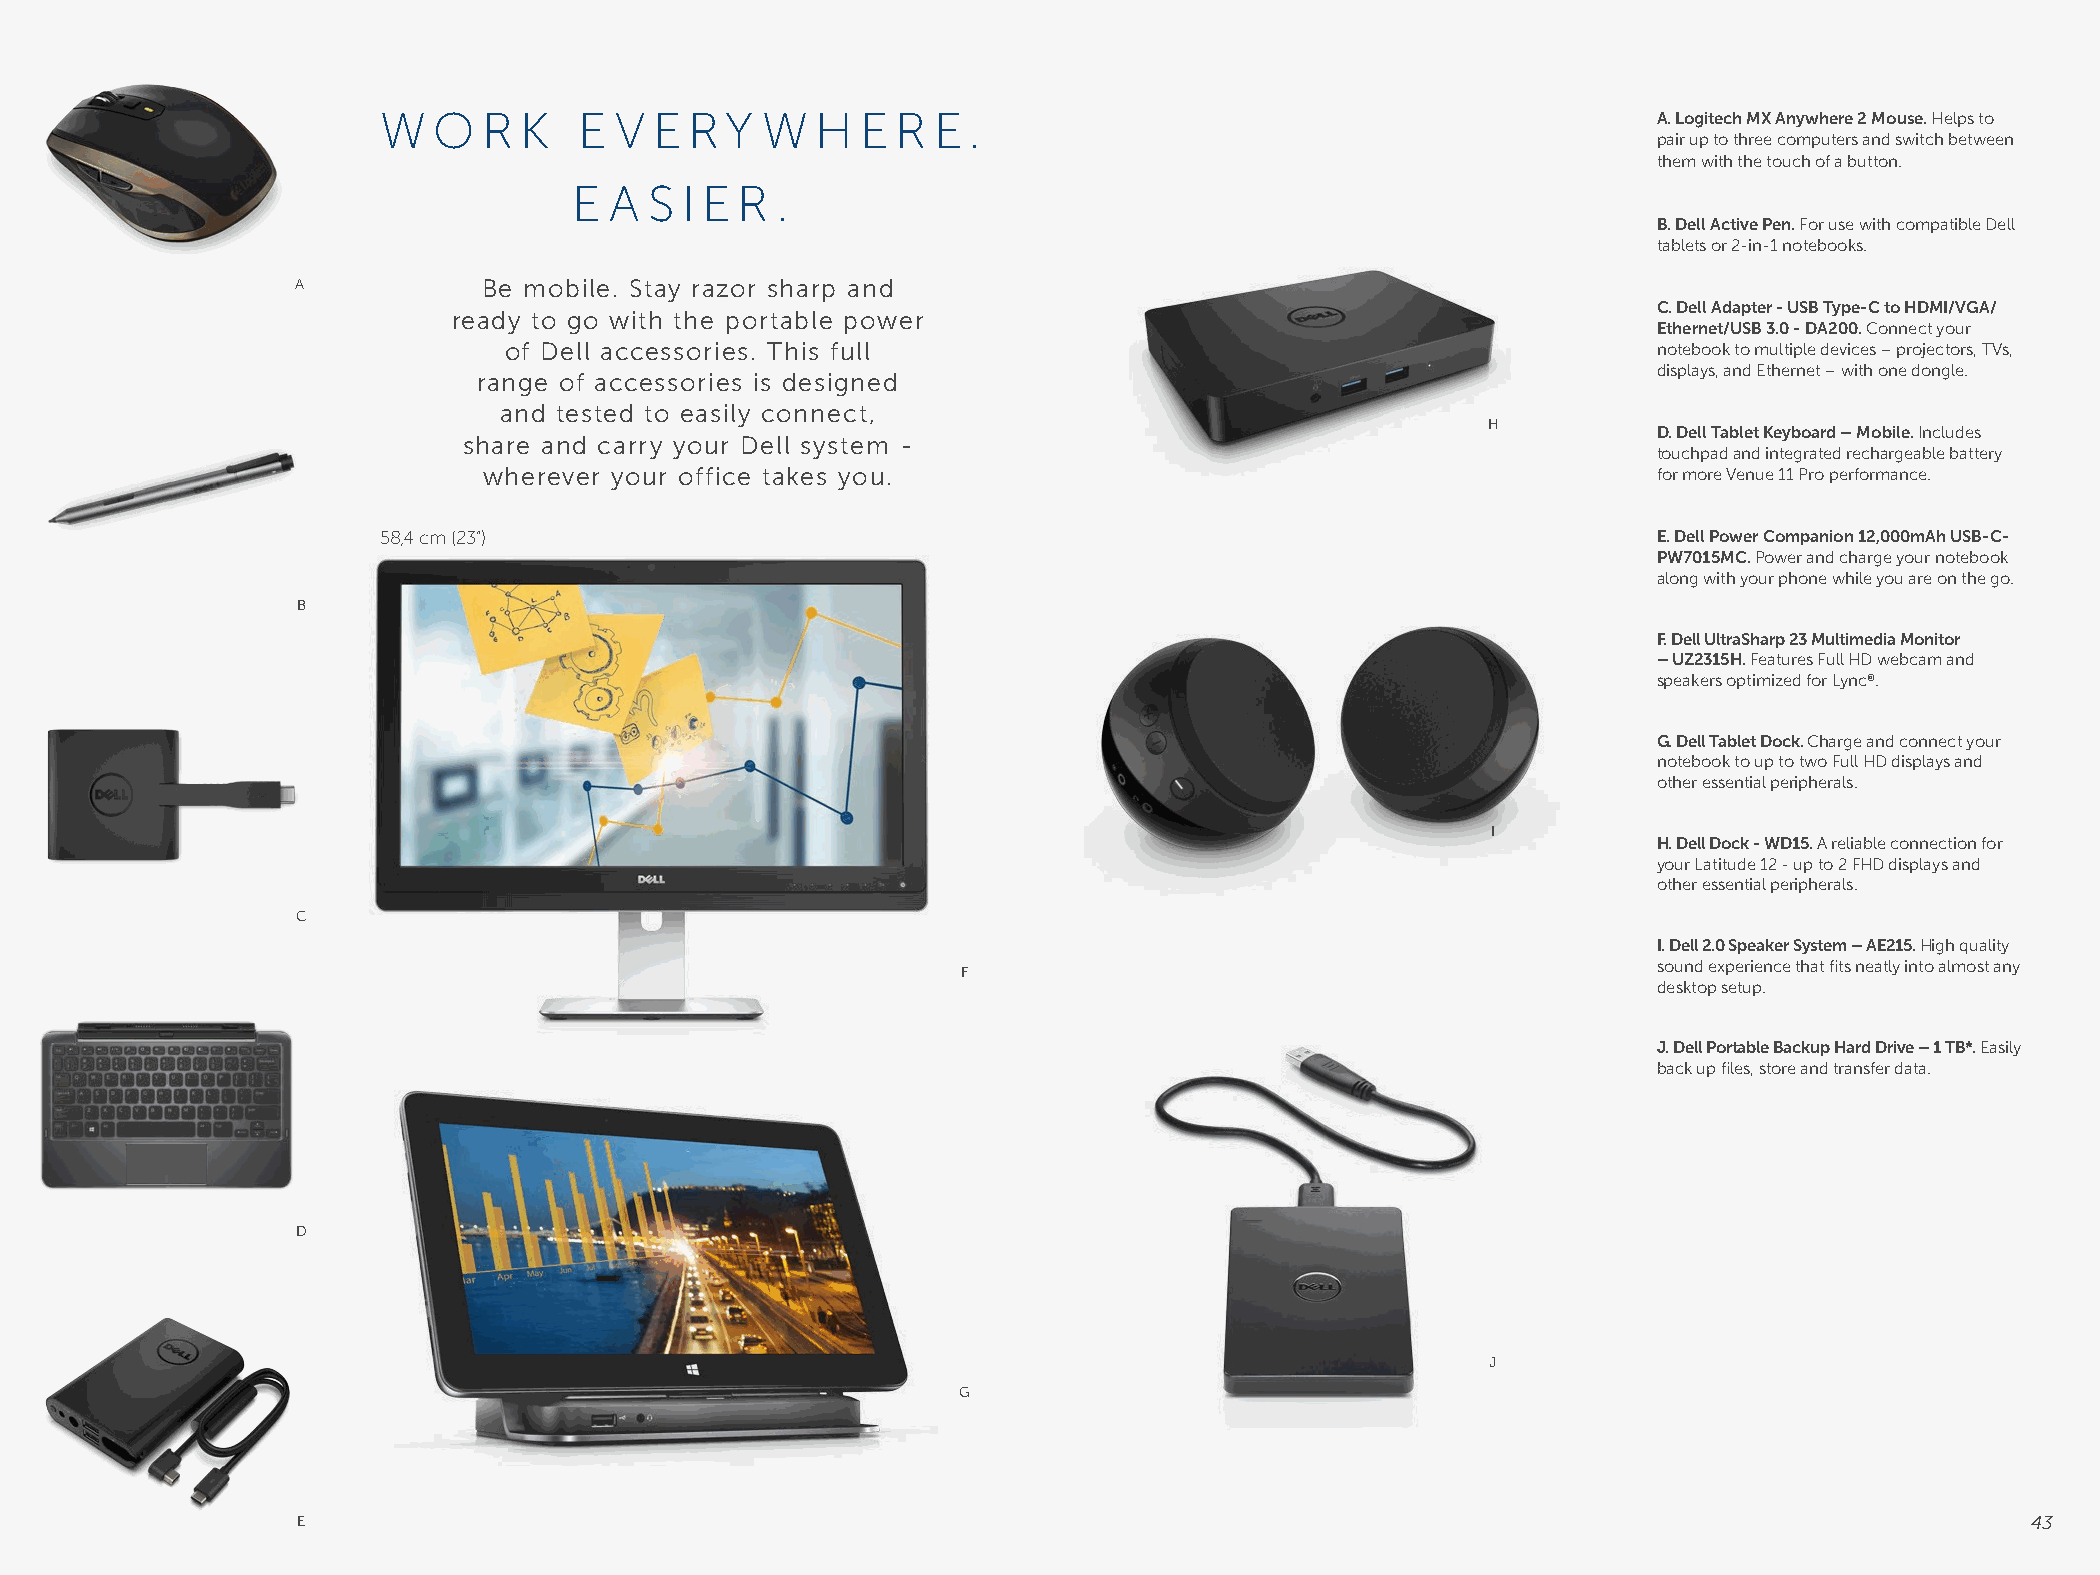
W   O  R K   E  V E  R Y W   H  E R  E .                                             A. Logitech MX Anywhere 2 Mouse. Helps to
 pair up to three computers and switch between
 them with the touch of a button.
 E A  S I E R .
 B. Dell Active Pen. For use with compatible Dell
 tablets or 2-in-1 notebooks.
 A           Be mobile. Stay razor sharp and
 C. Dell Adapter - USB Type-C to HDMI/VGA/
 ready to go with the portable power
 Ethernet/USB 3.0 - DA200. Connect your
 of Dell accessories. This full                                               notebook to multiple devices – projectors, TVs,
 displays, and Ethernet – with one dongle.
 range of accessories is designed
 and tested to easily connect,
 H
 D. Dell Tablet Keyboard – Mobile. Includes
 share and carry your Dell system -
 touchpad and integrated rechargeable battery
 wherever your office takes you.                                               for more Venue 11 Pro performance.
 58,4 cm (23”)                                                                        E. Dell Power Companion 12,000mAh USB-C-
 PW7015MC. Power and charge your notebook
 along with your phone while you are on the go.
 B
 F. Dell UltraSharp 23 Multimedia Monitor
 – UZ2315H. Features Full HD webcam and
 speakers optimized for Lync®.
 G. Dell Tablet Dock. Charge and connect your
 notebook to up to two Full HD displays and
 other essential peripherals.
 I
 H. Dell Dock - WD15. A reliable connection for
 your Latitude 12 - up to 2 FHD displays and
 other essential peripherals.
 C
 I. Dell 2.0 Speaker System – AE215. High quality
 sound experience that fits neatly into almost any
 F
 desktop setup.
 J. Dell Portable Backup Hard Drive – 1 TB*. Easily
 back up files, store and transfer data.
 D
 J
 G
 E                                                                                                                 43